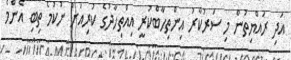
އަދި ރައްޔިތުން މި ސަރުކާރު އިންތިހާބްކުރީ އިއްތިހާދުގެ ކުރިއަށް ނުކުމެ ތިބި އެންމެ